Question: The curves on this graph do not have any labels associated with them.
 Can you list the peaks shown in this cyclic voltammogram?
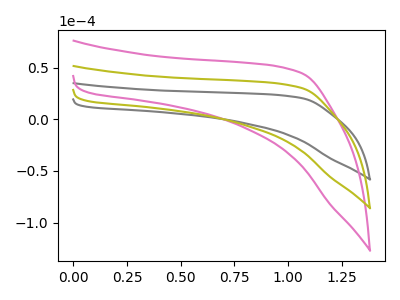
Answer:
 <answer>The gray curve "gray" has no peaks. The pink curve "pink" has no peaks. The olive curve "olive" has no peaks.</answer>
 <eval></eval>